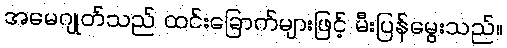
အမေဂျုတ်သည် ထင်းခြောက်များဖြင့် မီးပြန်မွေးသည်။